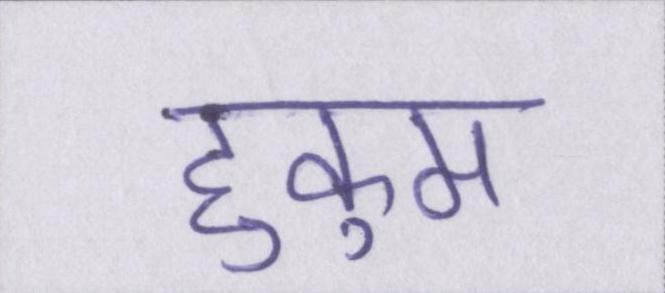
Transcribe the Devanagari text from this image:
हुकुम